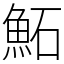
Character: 鮖